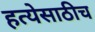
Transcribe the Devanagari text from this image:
हत्येसाठीच